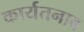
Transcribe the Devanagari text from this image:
कार्यतनाव